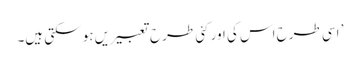
’ اسی طرح اس کی اور کئی طرح تعبیریں ہو سکتی ہیں۔